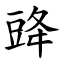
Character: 䜶